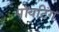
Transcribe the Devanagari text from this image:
पॉयटिंग